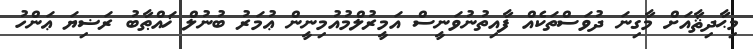
މިޙާދިޘާއަށް މާގިނަ ދުވަސްތަކެއް ފާއިތުނުވަނީސް އަމީރުލްމުއުމިނީން ޢުމަރު ބުނުލް ޚައްޠާބު ރަޟިޔަ ޢަންހު